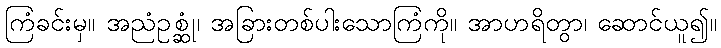
ကြံခင်းမှ။ အညံဥစ္ဆုံ၊ အခြားတစ်ပါးသောကြံကို။ အာဟရိတွာ၊ ဆောင်ယူ၍။